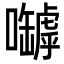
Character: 嚹